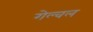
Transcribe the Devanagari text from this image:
गेल्वल